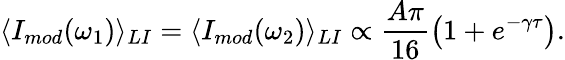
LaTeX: \langle I_{mod}(\omega_{1})\rangle_{LI}=\langle I_{mod}(\omega_{2})\rangle_{LI}\propto\frac{A\pi}{16}\left(1+e^{-\gamma\tau}\right).